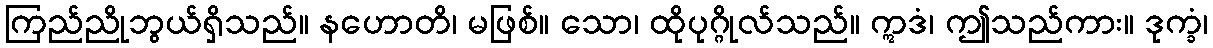
ကြည်ညိုဘွယ်ရှိသည်။ နဟောတိ၊ မဖြစ်။ သော၊ ထိုပုဂ္ဂိုလ်သည်။ ဣဒံ၊ ဤသည်ကား။ ဒုက္ခံ၊